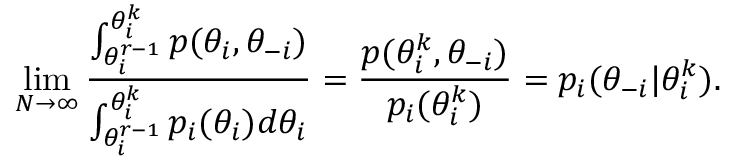
\operatorname* { l i m } _ { N \to \infty } \frac { \int _ { \theta _ { i } ^ { r - 1 } } ^ { \theta _ { i } ^ { k } } p ( \theta _ { i } , \theta _ { - i } ) } { \int _ { \theta _ { i } ^ { r - 1 } } ^ { \theta _ { i } ^ { k } } p _ { i } ( \theta _ { i } ) d \theta _ { i } } = \frac { p ( \theta _ { i } ^ { k } , \theta _ { - i } ) } { p _ { i } ( \theta _ { i } ^ { k } ) } = p _ { i } ( \theta _ { - i } | \theta _ { i } ^ { k } ) .